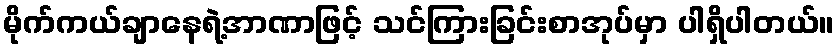
မိုက်ကယ်ချာနေရဲ့အာဏာဖြင့် သင်ကြားခြင်းစာအုပ်မှာ ပါရှိပါတယ်။